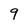
Character: 9